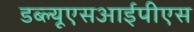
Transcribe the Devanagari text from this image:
डब्ल्यूएसआईपीएस